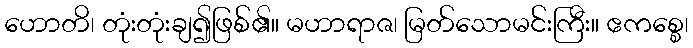
ဟောတိ၊ တုံးတုံးချ၍ဖြစ်၏။ မဟာရာဇ၊ မြတ်သောမင်းကြီး။ ဧကစ္စေ၊